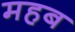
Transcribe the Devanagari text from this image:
महब